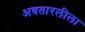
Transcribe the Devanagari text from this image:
अवतारलीला